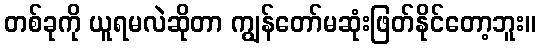
တစ်ခုကို ယူရမလဲဆိုတာ ကျွန်တော်မဆုံးဖြတ်နိုင်တော့ဘူး။